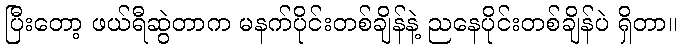
ပြီးတော့ ဖယ်ရီဆွဲတာက မနက်ပိုင်းတစ်ချိန်နဲ့ ညနေပိုင်းတစ်ချိန်ပဲ ရှိတာ။